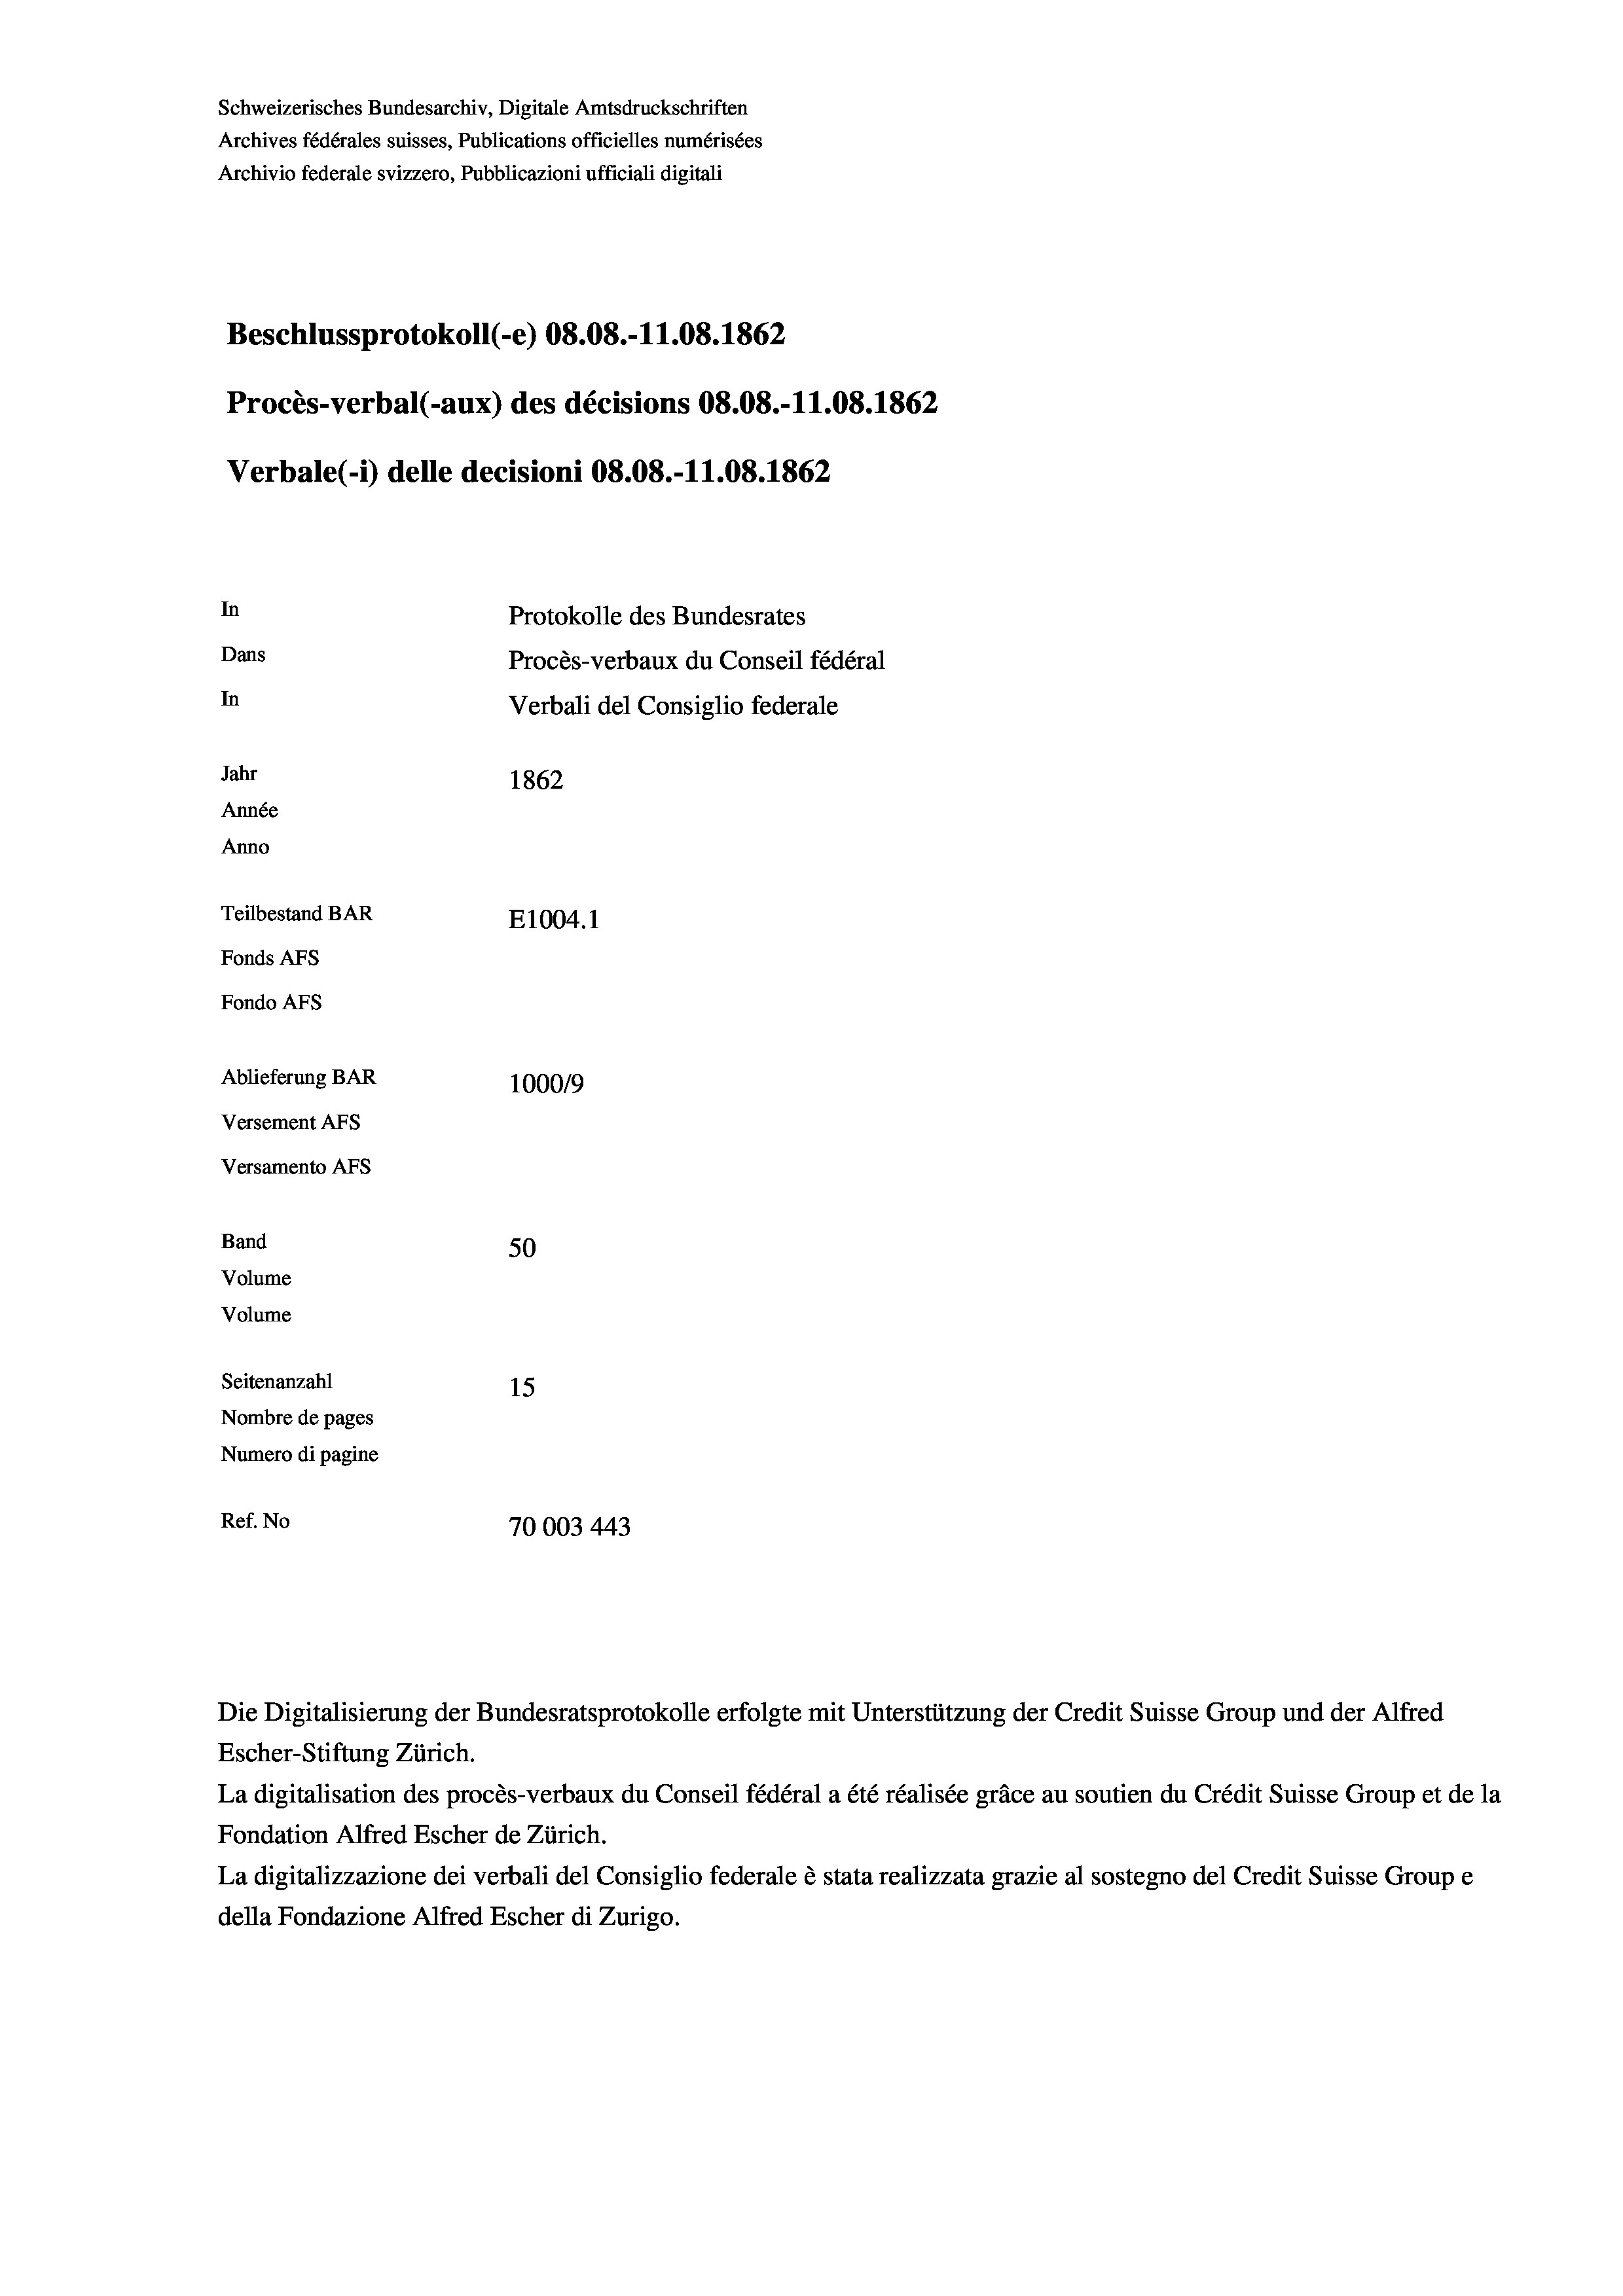
Beschlussprotokoll (-e) 08.08.-11.08. 1862
Procès-verbal (-aux) des décisions 08.08.-11.08. 1862
Verbale(-*) delle decisioni 08.08.-11.08. 1862
In
Protokolle des Bundesrates
Dans
Procès-verbaux du Conseil fédéral
In
Verbali del Consiglio federale
Jahr
1862
Année
Anno
Teilbestand BAR
E1004. 1
Fonds AFs
Fondo AFs
Ablieferung BAR
100019
Versement AFs
Versamento AFs

50
Seitenanzahl
15
Nombre de pages
Numero di pagine
Ref. No
70003 443

Band
Volume
Volume

Schweizerisches Bundesarchiv, Digitale Amtsdruckschriften
Archives fédérales suisses, Publications officielles numérisées
Archivio federale svizzero, Pubblicazioni ufficiali digitali

Escher-Stiftung Zürich.
La digitalisation des procès-verbaux du Conseil fédéral a été réalisée gräce au soutien du Crédit Suisse Group et de la
Fondation Alfred Escher de Zürich.
La digitalizzazione dei verbali del Consiglio federale è stata realizzata grazie al sostegno del Credit Suisse Groupe
della Fondazione Alfred Escher di Zurigo.

Die Digitalisierung der Bundesratsprotokolle erfolgte mit Unterstützung der Credit Suisse Group und der Alfred